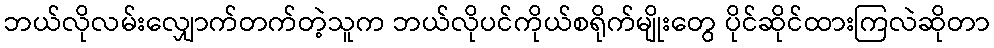
ဘယ်လိုလမ်းလျှောက်တက်တဲ့သူက ဘယ်လိုပင်ကိုယ်စရိုက်မျိုးတွေ ပိုင်ဆိုင်ထားကြလဲဆိုတာ